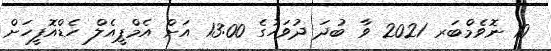
10 ނޮވެމްބަރ 2021 ވާ ބުދަ ދުވަހުގެ 13:00 އަށް އެމްޕީއެލް ހެޑްއޮފީހަށް